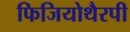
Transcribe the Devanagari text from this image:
फिजियोथैरपी